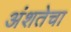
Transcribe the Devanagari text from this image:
अंशतेचा